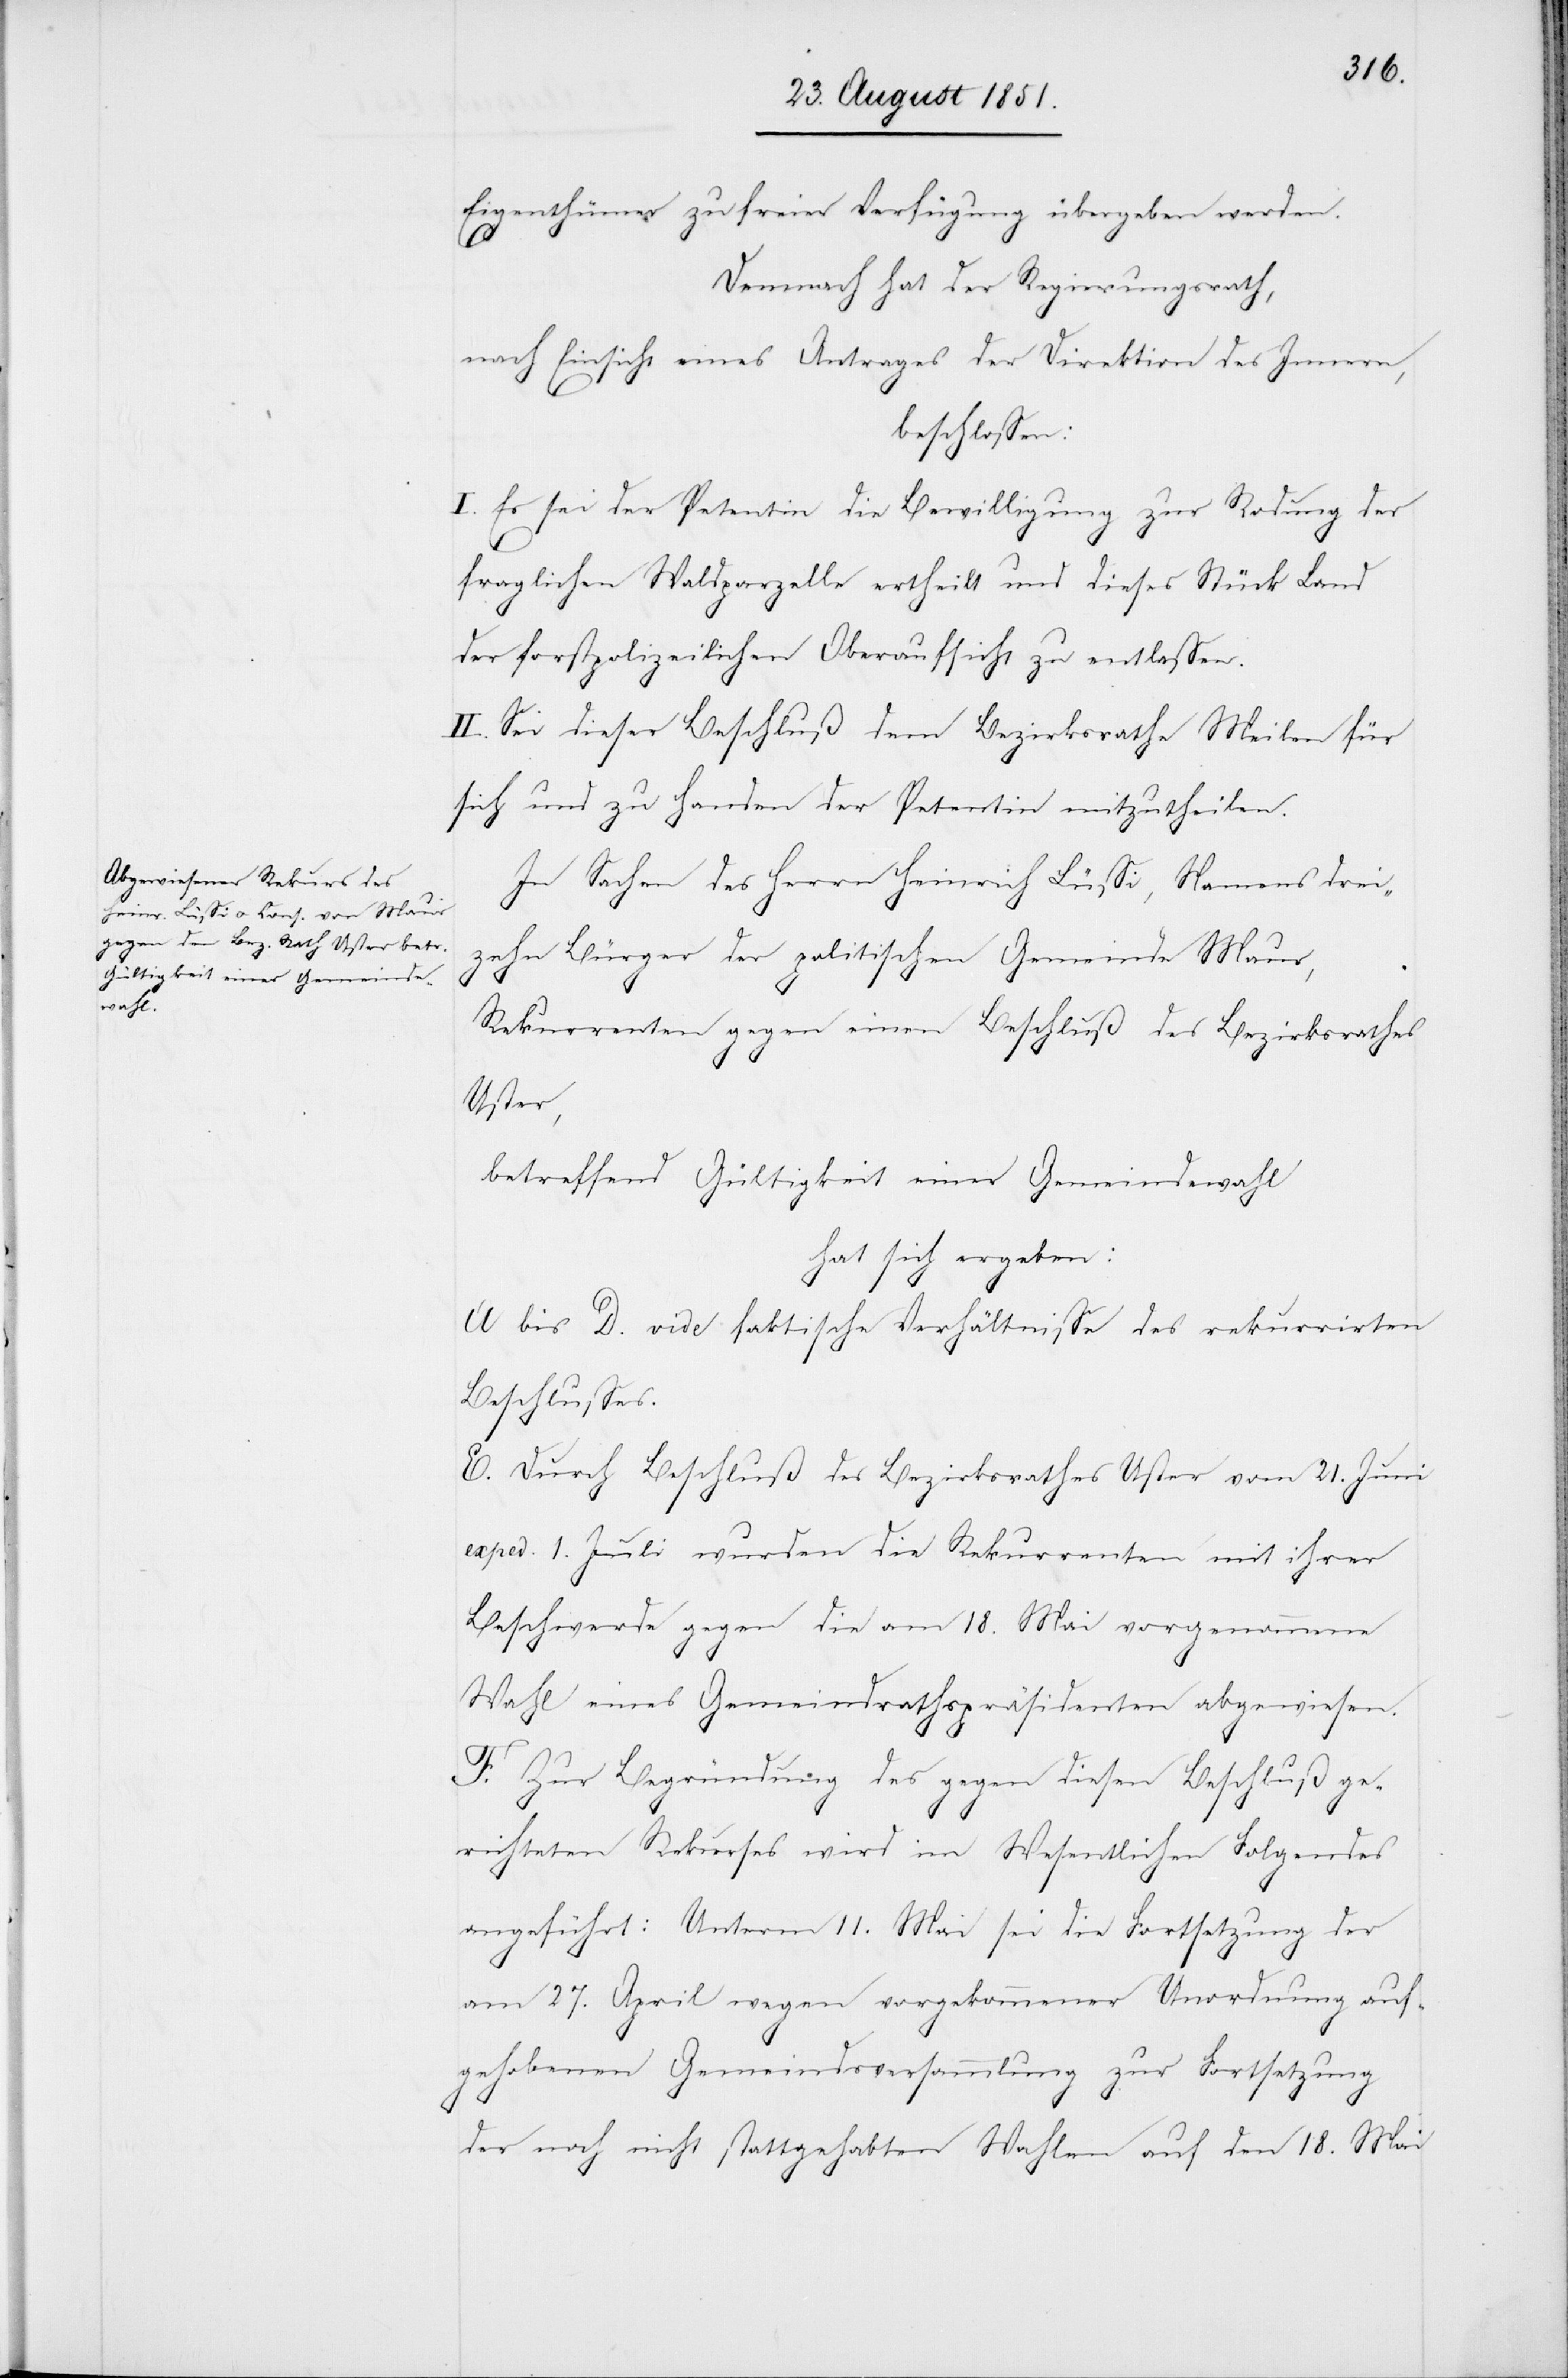
Eigenthümer zu freier Verfügung übergeben werden.
Demnach hat der Regierungsrath,
nach Einsicht eines Antrages der Direktion des Innern,
beschlossen:
I. Es sei der Petentin die Bewilligung zur Rodung der
fraglichen Waldparzelle ertheilt und dieses Stück Land
der forstpolizeilichen Oberaufsicht zu entlassen.
II. Sei dieser Beschluß dem Bezirksrathe Meilen für
sich und zu Handen der Petentin mitzutheilen.
In Sachen des Herrn Heinrich Lüssi, Namens drei¬
zehn Bürger der politischen Gemeinde Maur,
Rekurrenten gegen einen Beschluß des Bezirksrathes
Uster,
betreffend Gültigkeit einer Gemeindewahl
hat sich ergeben:
A bis D. vide faktische Verhältnisse des rekurrirten
Beschlusses.
E. Durch Beschluß des Bezirksrathes Uster vom 21. Juni
exped. 1. Juli wurden die Rekurrenten mit ihrer
Beschwerde gegen die am 18. Mai vorgenommene
Wahl eines Gemeindrathspräsidenten abgewiesen.
F. Zur Begründung des gegen diesen Beschluß ge¬
richteten Rekurses wird im Wesentlichen Folgendes
angeführt: Unterm 11. Mai sei die Fortsetzung der
am 27. April wegen vorgekommener Unordnung auf¬
gehobenen Gemeindsversammlung zur Fortsetzung
der noch nicht stattgehabten Wahlen auf den 18. Mai